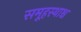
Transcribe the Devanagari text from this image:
समूहस्थाश्च